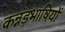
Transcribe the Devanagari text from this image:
कन्नड़भाषियों